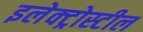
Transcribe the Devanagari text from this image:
इलेक्ट्रोस्टील